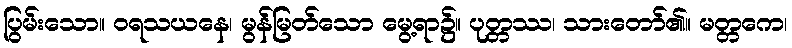
ပြွမ်းသော။ ဝရသယနေ၊ မွန်မြတ်သော မွေ့ရာ၌။ ပုတ္တဿ၊ သားတော်၏။ မတ္တကေ၊